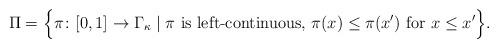
LaTeX: \begin{align*}\Pi = \Bigl\{ \pi \colon [0,1]\to \Gamma_\kappa \mid \pi \mbox{ is left-continuous, } \pi(x)\leq \pi(x') \mbox{ for } x\leq x' \Bigr\}.\end{align*}